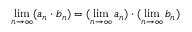
\operatorname* { l i m } _ { n \to \infty } ( a _ { n } \cdot b _ { n } ) = ( \operatorname* { l i m } _ { n \to \infty } a _ { n } ) \cdot ( \operatorname* { l i m } _ { n \to \infty } b _ { n } )